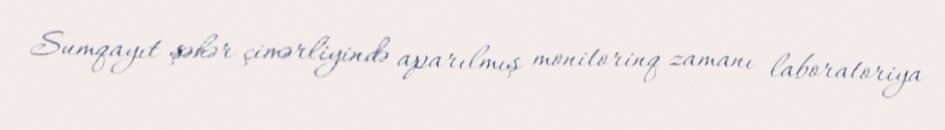
Sumqayıt şəhər çimərliyində aparılmış monitorinq zamanı laboratoriya